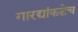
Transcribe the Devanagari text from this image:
गारद्यांकडेच